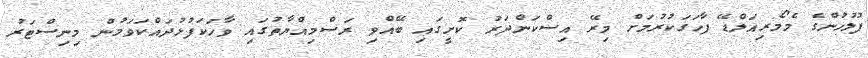
ފުލުހުންގެ މެމޯރިއަލްޑޭ ފާހަގަކުރުމަށް މިރޭ އިސްކަންދަރު ކޮށީގައި ބޭއްވި ރަސްމިއްޔާތުގައި ވާހަކަފުޅުދައްކަވަމުން މިނިސްޓަރު